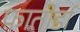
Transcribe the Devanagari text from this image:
फातोर्डा